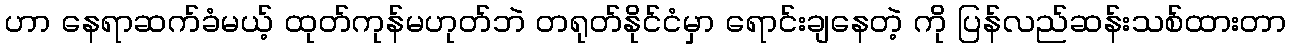
ဟာ နေရာဆက်ခံမယ့် ထုတ်ကုန်မဟုတ်ဘဲ တရုတ်နိုင်ငံမှာ ရောင်းချနေတဲ့ ကို ပြန်လည်ဆန်းသစ်ထားတာ